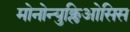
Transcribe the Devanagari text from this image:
मोनोन्युक्लिओसिस